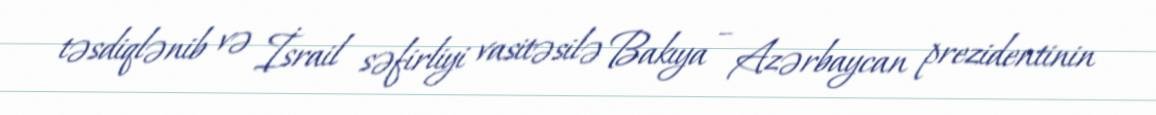
təsdiqlənib və İsrail səfirliyi vasitəsilə Bakıya – Azərbaycan prezidentinin